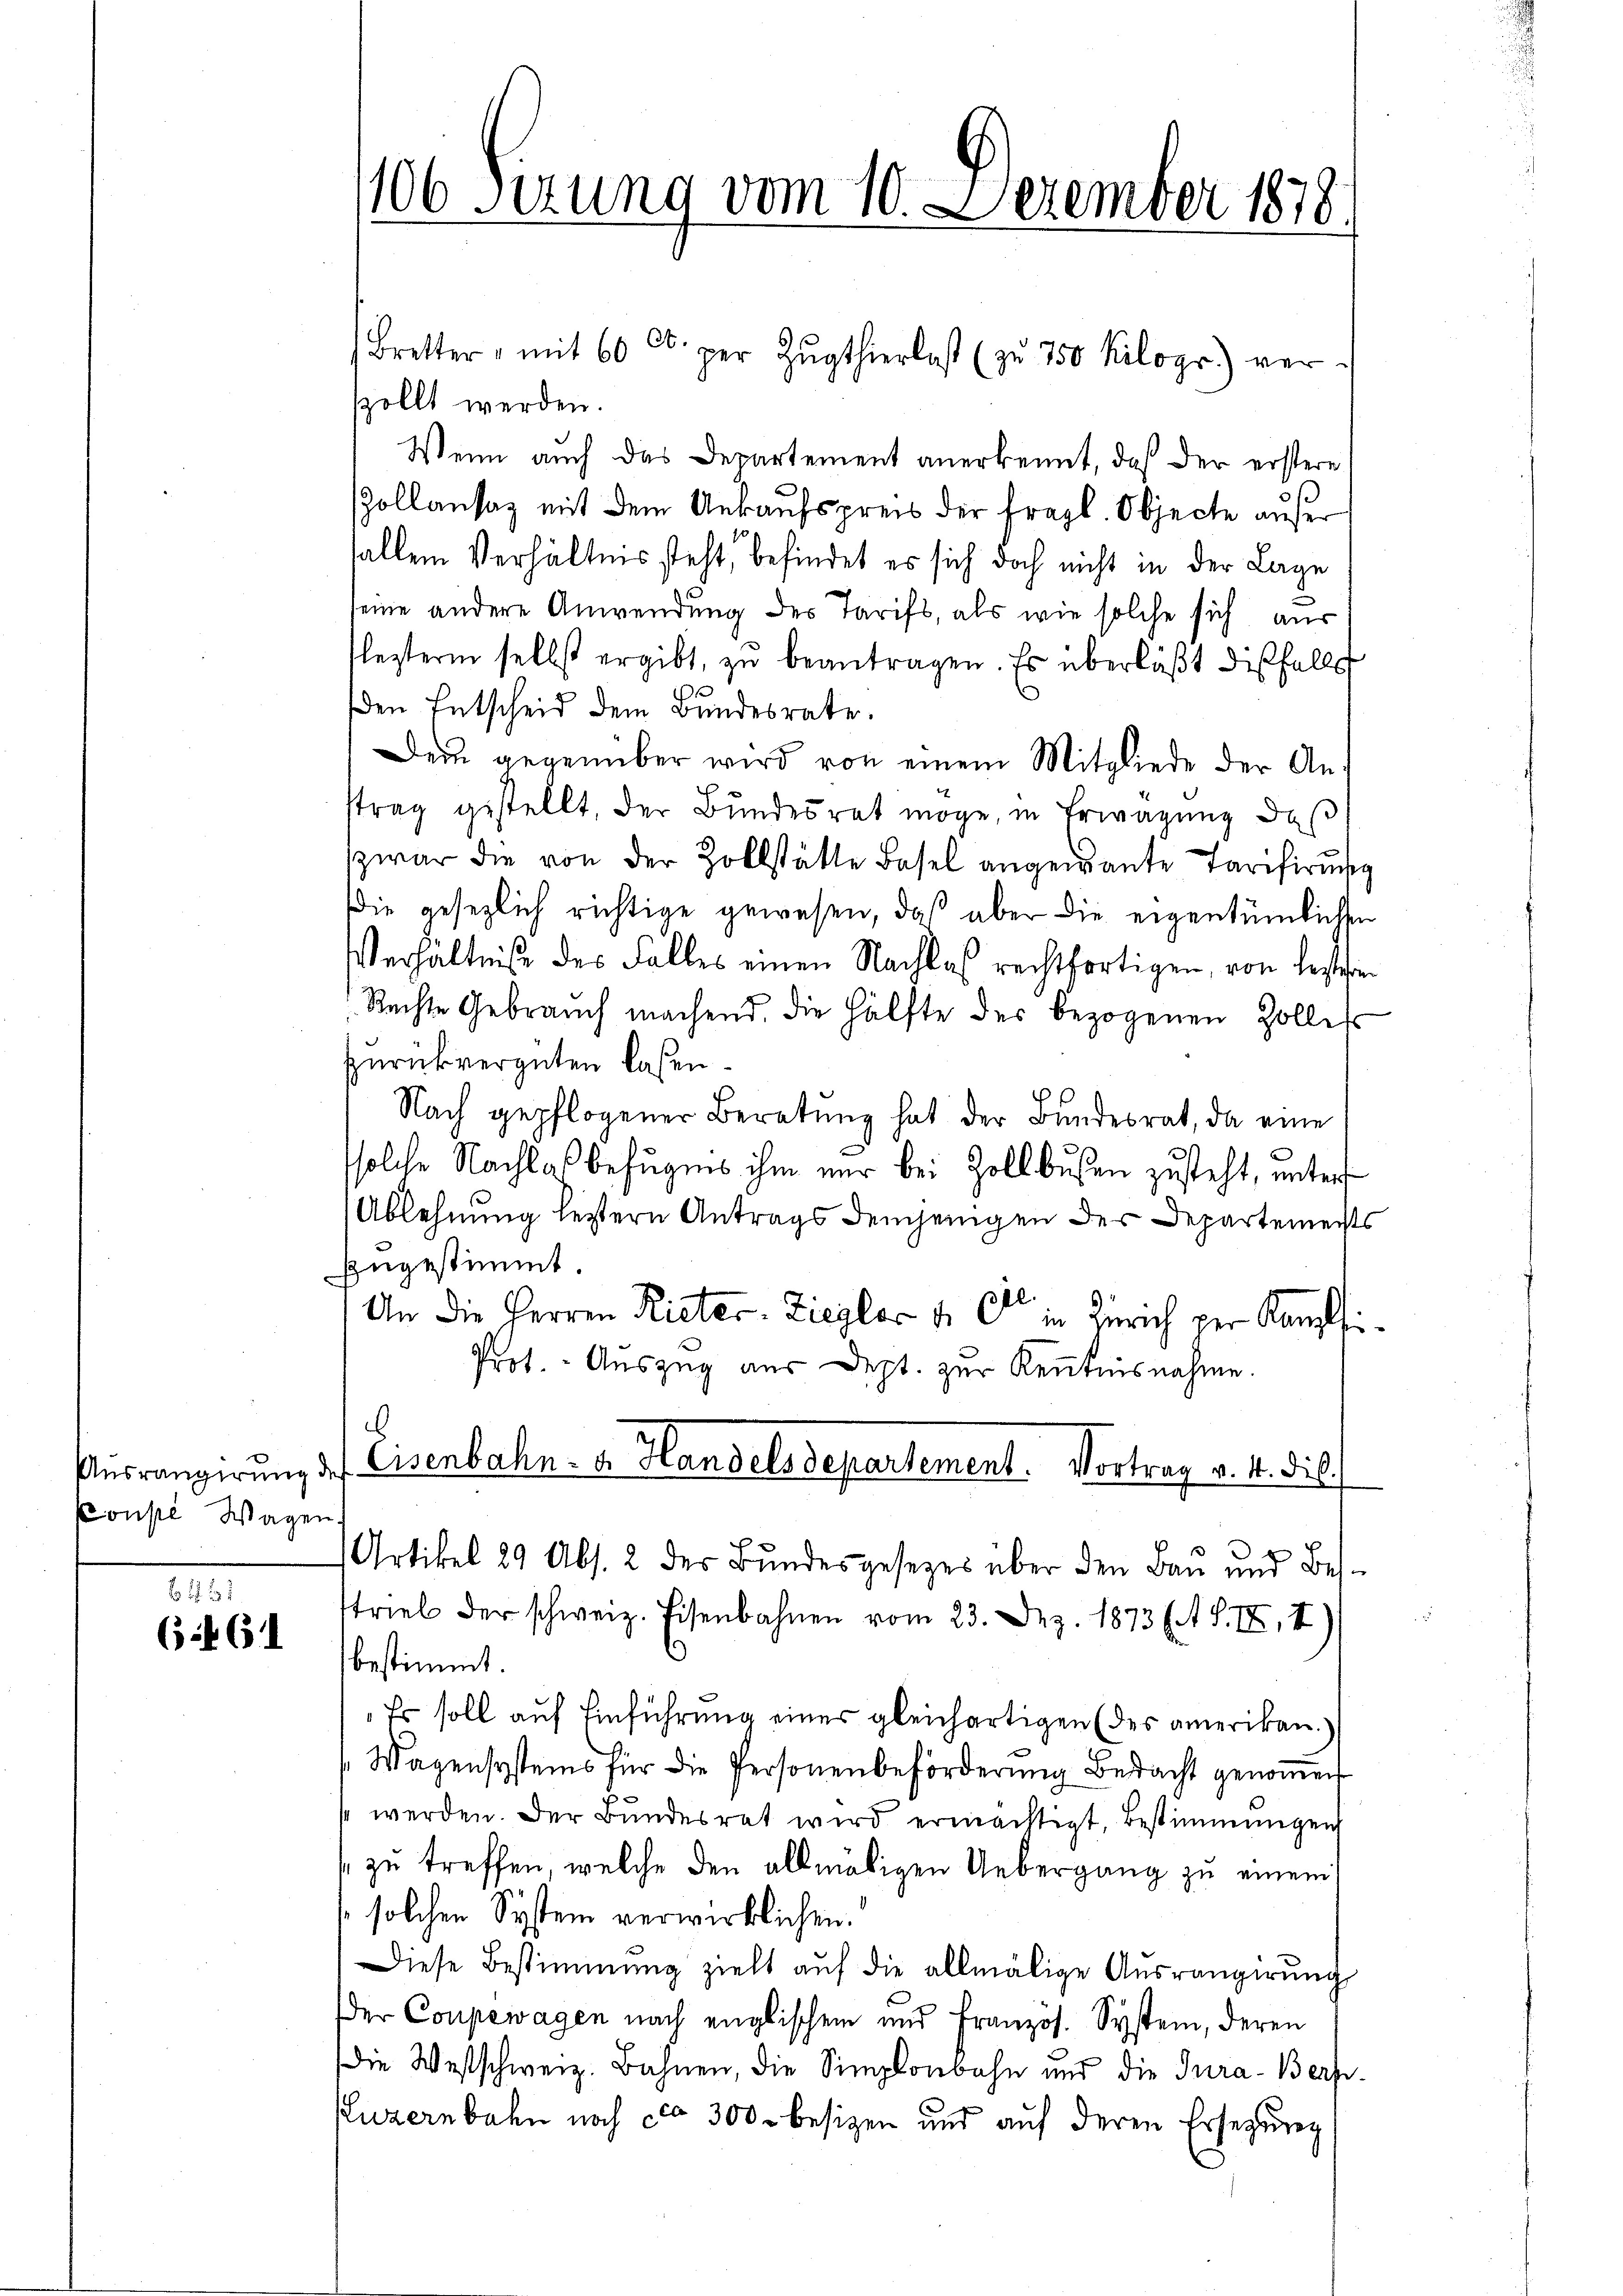
Konste Wagen.

6 f 21
6461

sollt werden.
Wenn auch das Departement anerkennt, daß der erstere
Zollansaz mit dem Ankaufspreis der fragl. Objecte außer
fallem Verhältnis steht, befindet es sich doch nicht in der Lage
seine andere Anwendung des Tarifs, als wie solche sich aus
lezterm selbst ergibt zŭ beantragen. Es überläßt diesfalls
e
den Entscheid dem Bundesrate.
Dem gegenüber wird von einem Mitgliede der Anstrag gestellt, der Bundesrat möge, in Erwägung das
zwar die von der Zollstätte Basel angewante Tarifirung
die gesezlich richtige gewesen, daß aber die eigentümlichen
Verhältniße des Falles einen Nachlaß rechtfertigen, von leisteten
Rechte Gebrauch machend, die Hälfte des bezogenen Zollet
zurückvergüten laßen.
Nach gepflogener Beratŭng hat der Bundesrat, da eine
solche Nachlaß befugnis ihm nur bei Zollbußen zusteht, unters
Ablehnung letztern Antrags demjenigen der Departements
zugestimmt.
An die Herren Rieter-Ziegler 4. C in Zürich per Kampffi¬
Prot. Aŭszŭg aŭs dept. zŭr Kenntnisnahme.
e
Aŭsrangirung des Eisenbahn- u. Handels departement. Vortrag v. 4. die
Artikel 29 Abs. 2 der Bundesgesetzes über den Bau und Bestrieb der schweiz. Eisenbahnen vom 23. Dez. 1873 et S. II, I
bestimmt.
Es soll auf Einführung einer gleichartigen (des amerikan.
Wagensystems für die Personenbeförderung bedacht genoṁen
s werden. Der Bundesrat wird ermächtigt, bestimmungen
zu treffen, welche den allmäligen Uebergang zu einem
solchen System verwirklichen.
Diese Bestimmung zielt auf die allmälige Ausrangirung
der Coupewagen nach englischen und Französ. System, deren
dDie Westschweiz. Bahnen, die Simplonbahn und die Jura-Berp¬
Kuzernbahn noch ca 300. besizen und auf deren Ersetzung

106 Sizung vom 10. Dezember 1878.

Bretter, mit 60 Ct. per Zŭgthierlast (zŭ 750 Kilogr.) ver-